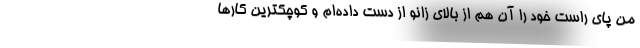
من پای راست خود را آن هم از بالای زانو از دست داده‌ام و کوچکترین کارها